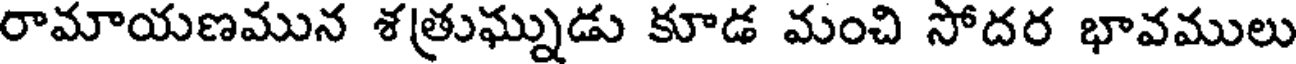
రామాయణమున శత్రుఘ్నుడు కూడ మంచి సోదర భావములు